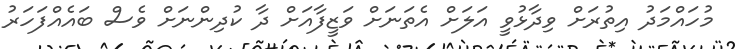
މުހައްމަދު އިތުރަށް ވިދާޅުވީ އަލަށް އެތަނަށް ވަޒީފާއަށް ދާ ކުދިންނަށް ވެސް ބައެއްފަހަރު